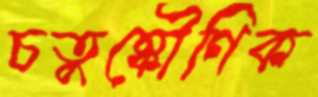
চতুষ্কৌণিক